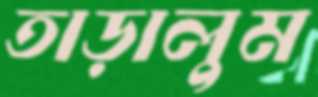
তাড়ালুম